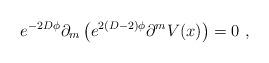
LaTeX: \begin{align*} e^{-2D\phi}\partial_m \left(e^{2(D-2)\phi} \partial^m V(x)\right)=0~,\end{align*}